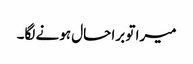
میرا تو برا حال ہونے لگا۔